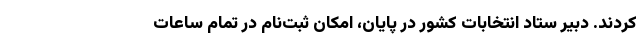
کردند. دبیر ستاد انتخابات کشور در پایان، امکان ثبت‌نام در تمام ساعات